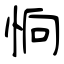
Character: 恦